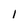
Character: 1